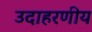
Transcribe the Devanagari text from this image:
उदाहरणीय